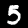
Digit: 5